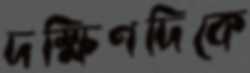
দক্ষিণদিকে